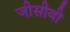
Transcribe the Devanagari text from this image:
जीसीबी